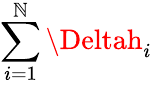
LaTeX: \sum_{i=1}^{\mathbb{N}}\Deltah_{i}